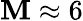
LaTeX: \mathbf{M}\approx6